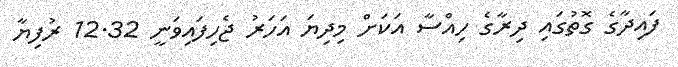
ފައިދާގެ ގޮތުގައި ދިރާގެ ހިއްސާ އަކަށް މިދިޔަ އަހަރު ޖެހިފައިވަނީ 12.32 ރުފިޔާ